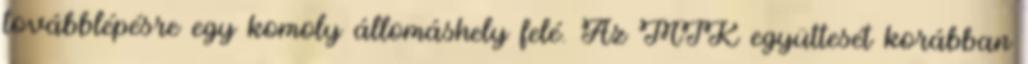
továbblépésre egy komoly állomáshely felé. Az MTK együttesét korábban